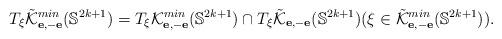
LaTeX: \begin{align*}T_{\xi} \tilde{\cal K}_{ {\bf e}, -{\bf e}}^{min} ({\mathbb S}^{2k+1} )=T_{\xi} {\cal K}_{ {\bf e}, -{\bf e}}^{min} ({\mathbb S}^{2k+1} )\cap T_{\xi} \tilde{\cal K}_{ {\bf e}, -{\bf e}} ({\mathbb S}^{2k+1} )(\xi \in \tilde{\cal K}_{ {\bf e}, -{\bf e}}^{min} ({\mathbb S}^{2k+1} )).\end{align*}